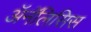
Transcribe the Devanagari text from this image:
ॲनॅलिसिस